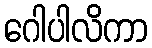
ဂေါပါလိကာ